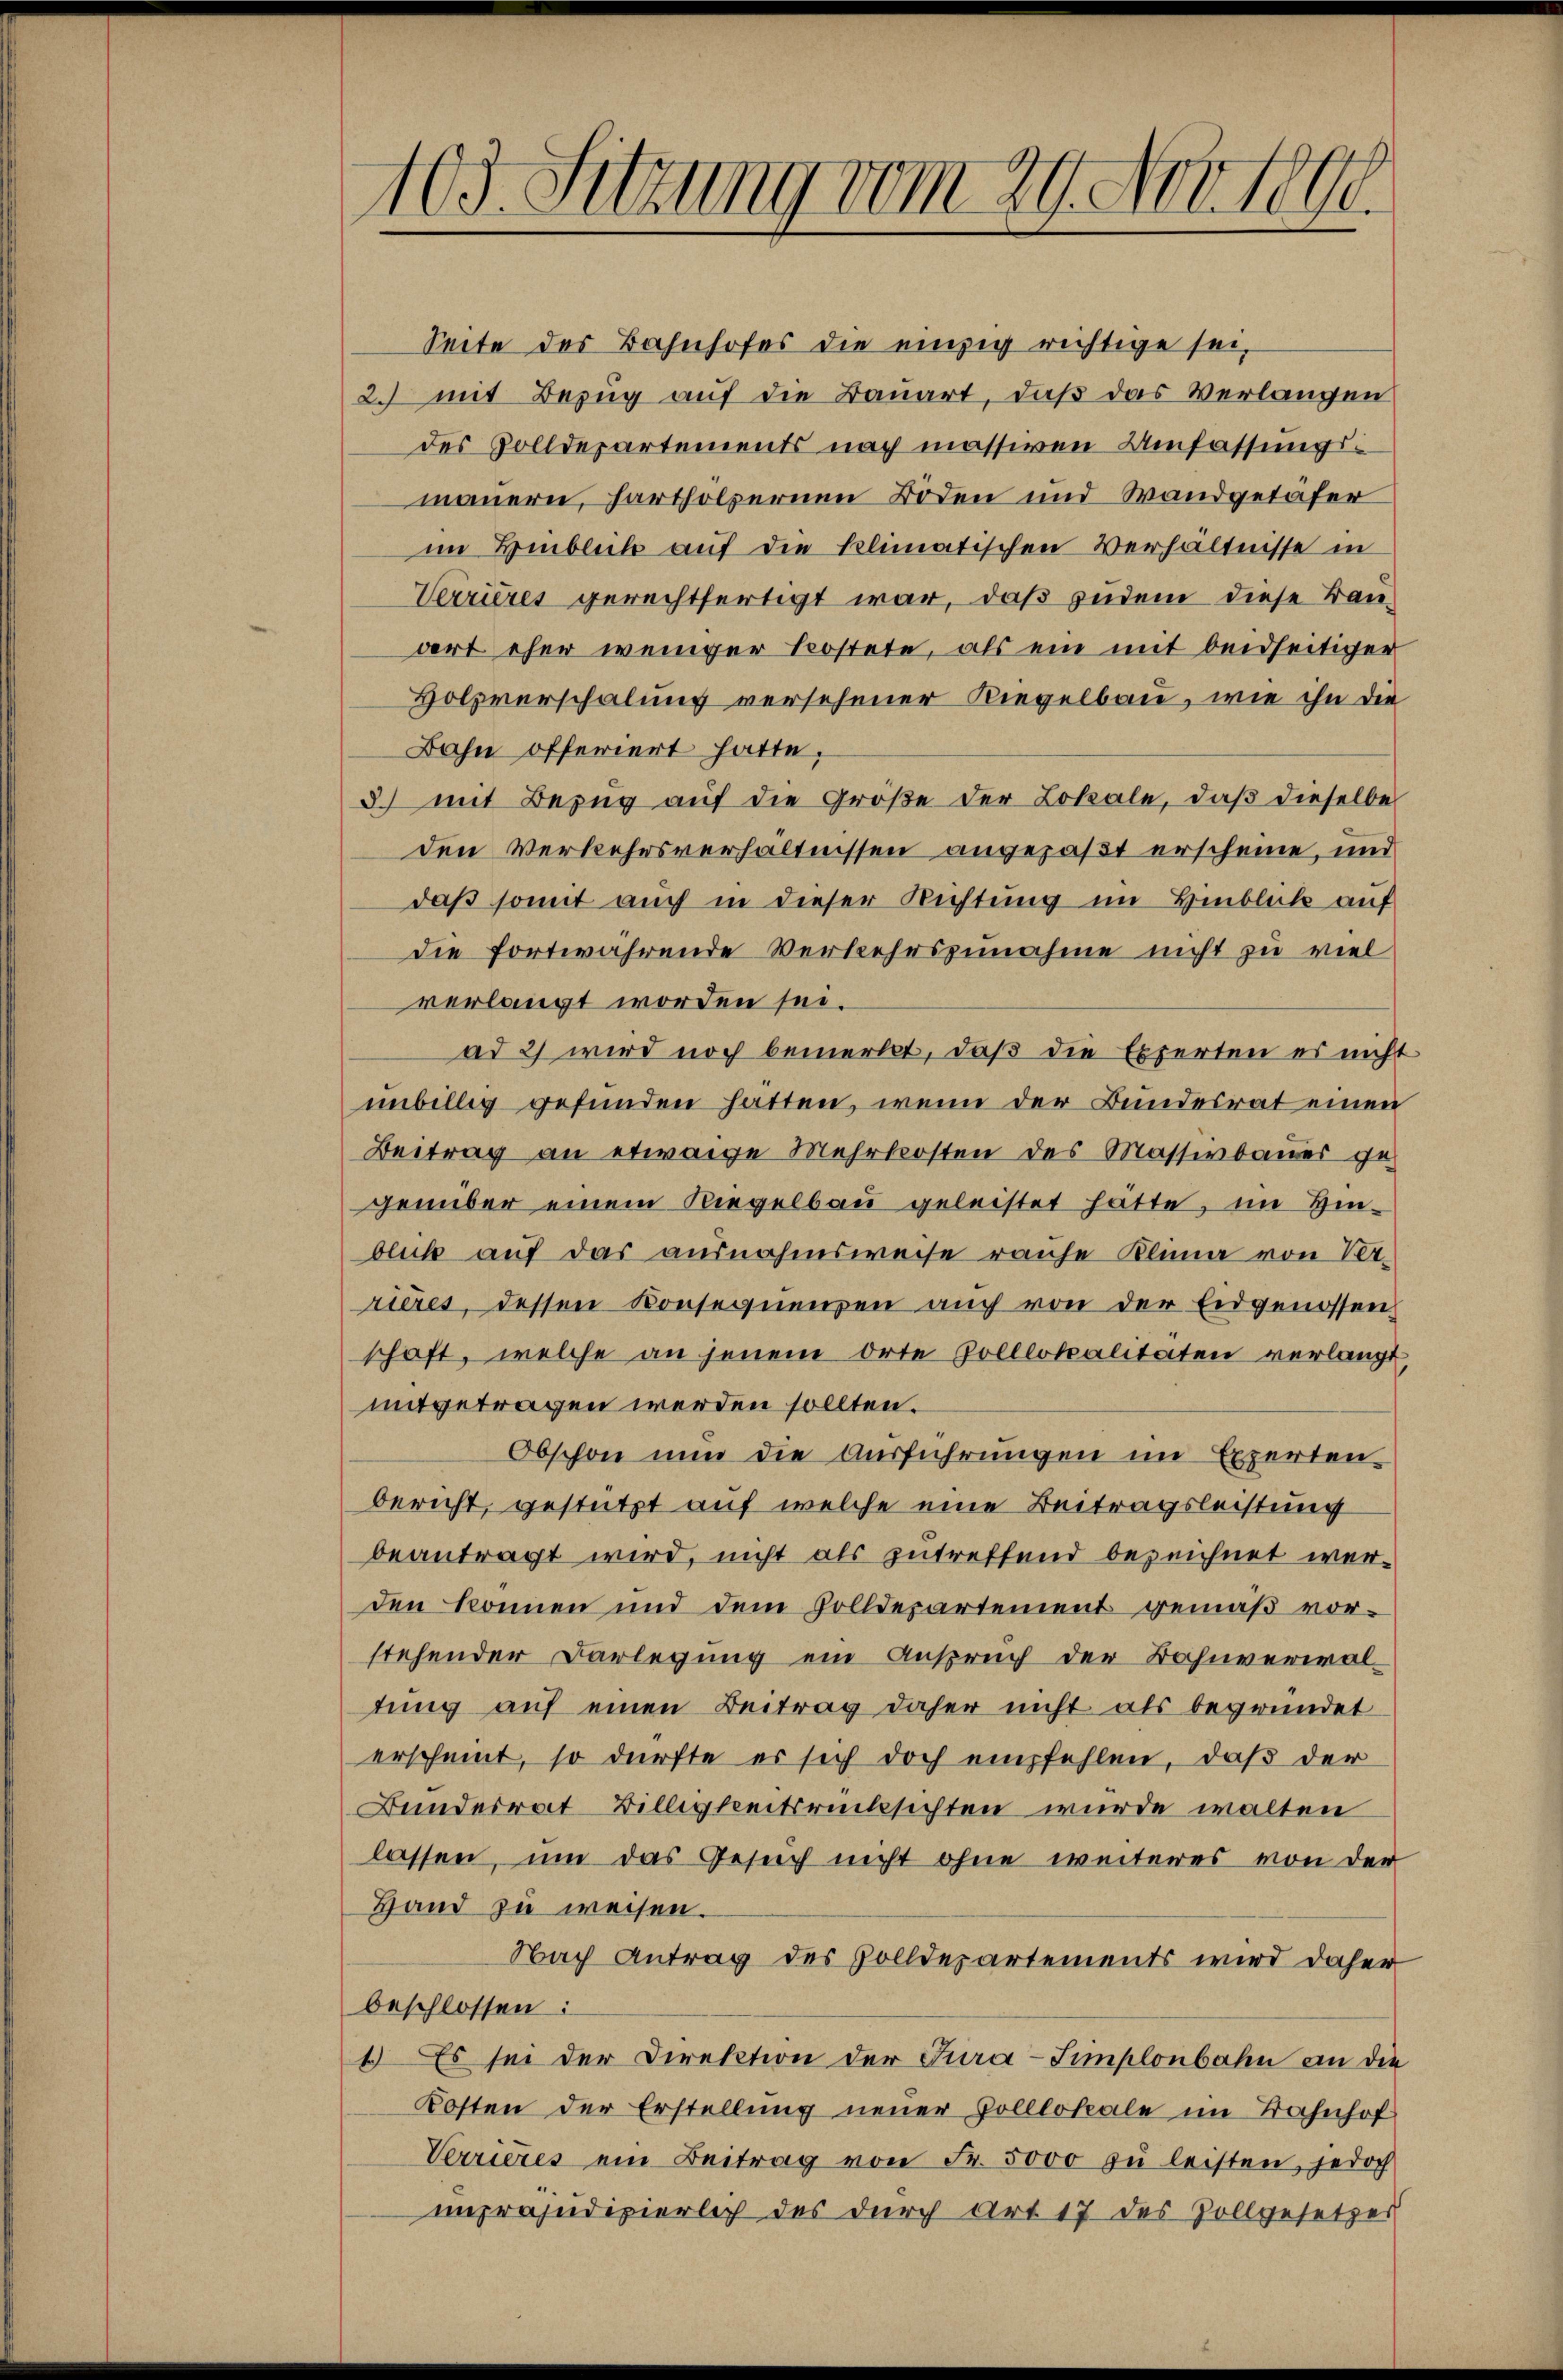
103. Sitzung vom 29. Nov. 1890.

Seite des Bahnhofes die einzig richtige sei,
2.) mit Bezug auf die Bauart, daß das Verlangen
des Volldepartements nach massiven Umfassungsmauern, hartholzernen Böden und Wandgetäfer
im Hinblick auf die klimatischen Verhältnisse in
Verrieres gerechtfertigt war, daß indem diese Baudort eher weniger Kostete, als ein mit beidseitiger
Holzverschalung versehener Riegelbau, wie ihn die
Bahn offeriert hatte,
3) mit Bezug auf die Größe der Lokale, daß dieselbe
den Verkehrsverhältnissen angepaßt erscheine, und
daß somit auch in dieser Richtung im Hinblick auf
die fortwährende Verkehrszunahme nicht zu viel
verlangt worden sei.
ad 2) wird noch bemerkt, daß die Experten es nicht
unbillig gefunden hätten, wenn der Bundesrat einen
Beitrag an etwaige Mehrkosten des Massivbaues gegenüber einem Riegelbau geleistet hätte, im Hin-
blick auf das ausnahmsweise rauhe Klima von Verrieres, dessen Konsequenzen auch von der Eidgenossen
schaft, welche an jenem Orte Zolllokalitäten verlangt
mitgetragen werden sollten.
Obschon nun die Ausführungen im Experten
bericht, gestützt auf welche eine Beitragsleistung
beantragt wird, nicht als zutreffend bezeichnet werden können und dem Zolldepartement gemäß vor-
stehender Darlegung ein Anspruch der Bahnverwaltung auf einen Beitrag daher nicht als begründet
erscheint, so dürfte er sich doch empfehlen, daβ der
Bundesrat Billigkeitsrücksichten wurde walten
lassen, um das Gesuch nicht ohne weiteres von der
Hand zu weisen.
Nach Antrag des Zolldepartements wird daher
beschlossen:
1) Es sei der Direktion der Jura-Simplonbahn an die
Kosten der Erstellung neuer Polllokale im Bahnhof
Verrieres ein Beitrag von Fr. 5000 zu leisten, jedoch
unpräjudizierlich des durch Art 17 des Vollgesetzer